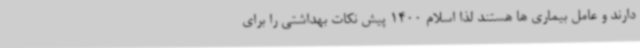
دارند و عامل بیماری ها هستند لذا اسلام 1400 پیش نکات بهداشتی را برای